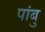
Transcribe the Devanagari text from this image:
पांबु